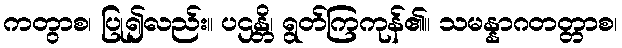
ကတွာစ၊ ပြု၍လည်း။ ပဌန္တိ၊ ရွတ်ကြကုန်၏။ သမန္နာဂတတ္တာစ၊